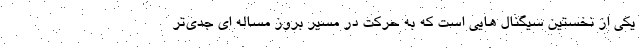
یکی از نخستین سیگنال هایی است که به حرکت در مسیر بروز مساله ای جدی‌تر